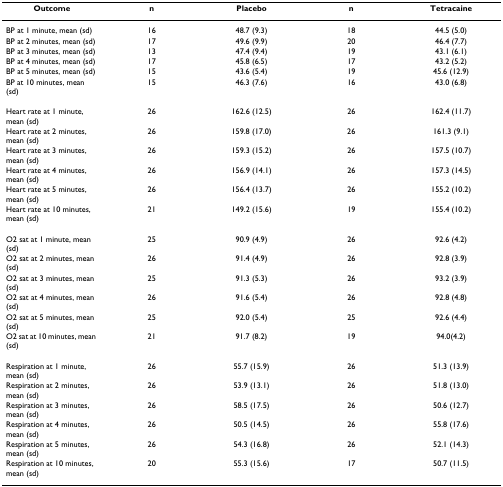
<table><thead><tr><td><b>Outcome</b></td><td><b>n</b></td><td><b>Placebo</b></td><td><b>n</b></td><td><b>Tetracaine</b></td></tr></thead><tbody><tr><td>BP at 1 minute, mean (sd)</td><td>16</td><td>48.7 (9.3)</td><td>18</td><td>44.5 (5.0)</td></tr><tr><td>BP at 2 minutes, mean (sd)</td><td>17</td><td>49.6 (9.9)</td><td>20</td><td>46.4 (7.7)</td></tr><tr><td>BP at 3 minutes, mean (sd)</td><td>13</td><td>47.4 (9.4)</td><td>19</td><td>43.1 (6.1)</td></tr><tr><td>BP at 4 minutes, mean (sd)</td><td>17</td><td>45.8 (6.5)</td><td>17</td><td>43.2 (5.2)</td></tr><tr><td>BP at 5 minutes, mean (sd)</td><td>15</td><td>43.6 (5.4)</td><td>19</td><td>45.6 (12.9)</td></tr><tr><td>BP at 10 minutes, mean (sd)</td><td>15</td><td>46.3 (7.6)</td><td>16</td><td>43.0 (6.8)</td></tr><tr><td>Heart rate at 1 minute, mean (sd)</td><td>26</td><td>162.6 (12.5)</td><td>26</td><td>162.4 (11.7)</td></tr><tr><td>Heart rate at 2 minutes, mean (sd)</td><td>26</td><td>159.8 (17.0)</td><td>26</td><td>161.3 (9.1)</td></tr><tr><td>Heart rate at 3 minutes, mean (sd)</td><td>26</td><td>159.3 (15.2)</td><td>26</td><td>157.5 (10.7)</td></tr><tr><td>Heart rate at 4 minutes, mean (sd)</td><td>26</td><td>156.9 (14.1)</td><td>26</td><td>157.3 (14.5)</td></tr><tr><td>Heart rate at 5 minutes, mean (sd)</td><td>26</td><td>156.4 (13.7)</td><td>26</td><td>155.2 (10.2)</td></tr><tr><td>Heart rate at 10 minutes, mean (sd)</td><td>21</td><td>149.2 (15.6)</td><td>19</td><td>155.4 (10.2)</td></tr><tr><td>O2 sat at 1 minute, mean (sd)</td><td>25</td><td>90.9 (4.9)</td><td>26</td><td>92.6 (4.2)</td></tr><tr><td>O2 sat at 2 minutes, mean (sd)</td><td>26</td><td>91.4 (4.9)</td><td>26</td><td>92.8 (3.9)</td></tr><tr><td>O2 sat at 3 minutes, mean (sd)</td><td>25</td><td>91.3 (5.3)</td><td>26</td><td>93.2 (3.9)</td></tr><tr><td>O2 sat at 4 minutes, mean (sd)</td><td>26</td><td>91.6 (5.4)</td><td>26</td><td>92.8 (4.8)</td></tr><tr><td>O2 sat at 5 minutes, mean (sd)</td><td>25</td><td>92.0 (5.4)</td><td>25</td><td>92.6 (4.4)</td></tr><tr><td>O2 sat at 10 minutes, mean (sd)</td><td>21</td><td>91.7 (8.2)</td><td>19</td><td>94.0(4.2)</td></tr><tr><td>Respiration at 1 minute, mean (sd)</td><td>26</td><td>55.7 (15.9)</td><td>26</td><td>51.3 (13.9)</td></tr><tr><td>Respiration at 2 minutes, mean (sd)</td><td>26</td><td>53.9 (13.1)</td><td>26</td><td>51.8 (13.0)</td></tr><tr><td>Respiration at 3 minutes, mean (sd)</td><td>26</td><td>58.5 (17.5)</td><td>26</td><td>50.6 (12.7)</td></tr><tr><td>Respiration at 4 minutes, mean (sd)</td><td>26</td><td>50.5 (14.5)</td><td>26</td><td>55.8 (17.6)</td></tr><tr><td>Respiration at 5 minutes, mean (sd)</td><td>26</td><td>54.3 (16.8)</td><td>26</td><td>52.1 (14.3)</td></tr><tr><td>Respiration at 10 minutes, mean (sd)</td><td>20</td><td>55.3 (15.6)</td><td>17</td><td>50.7 (11.5)</td></tr></tbody></table>